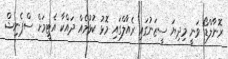
ރޮނާލްޑޯ ވަނީ މިދިޔަ ސީޒަނުގައި ރެއާލްގައި މޮޅު ކުޅުމެއް ދައްކާ އެޓީމަށް ސްޕެނިޝް